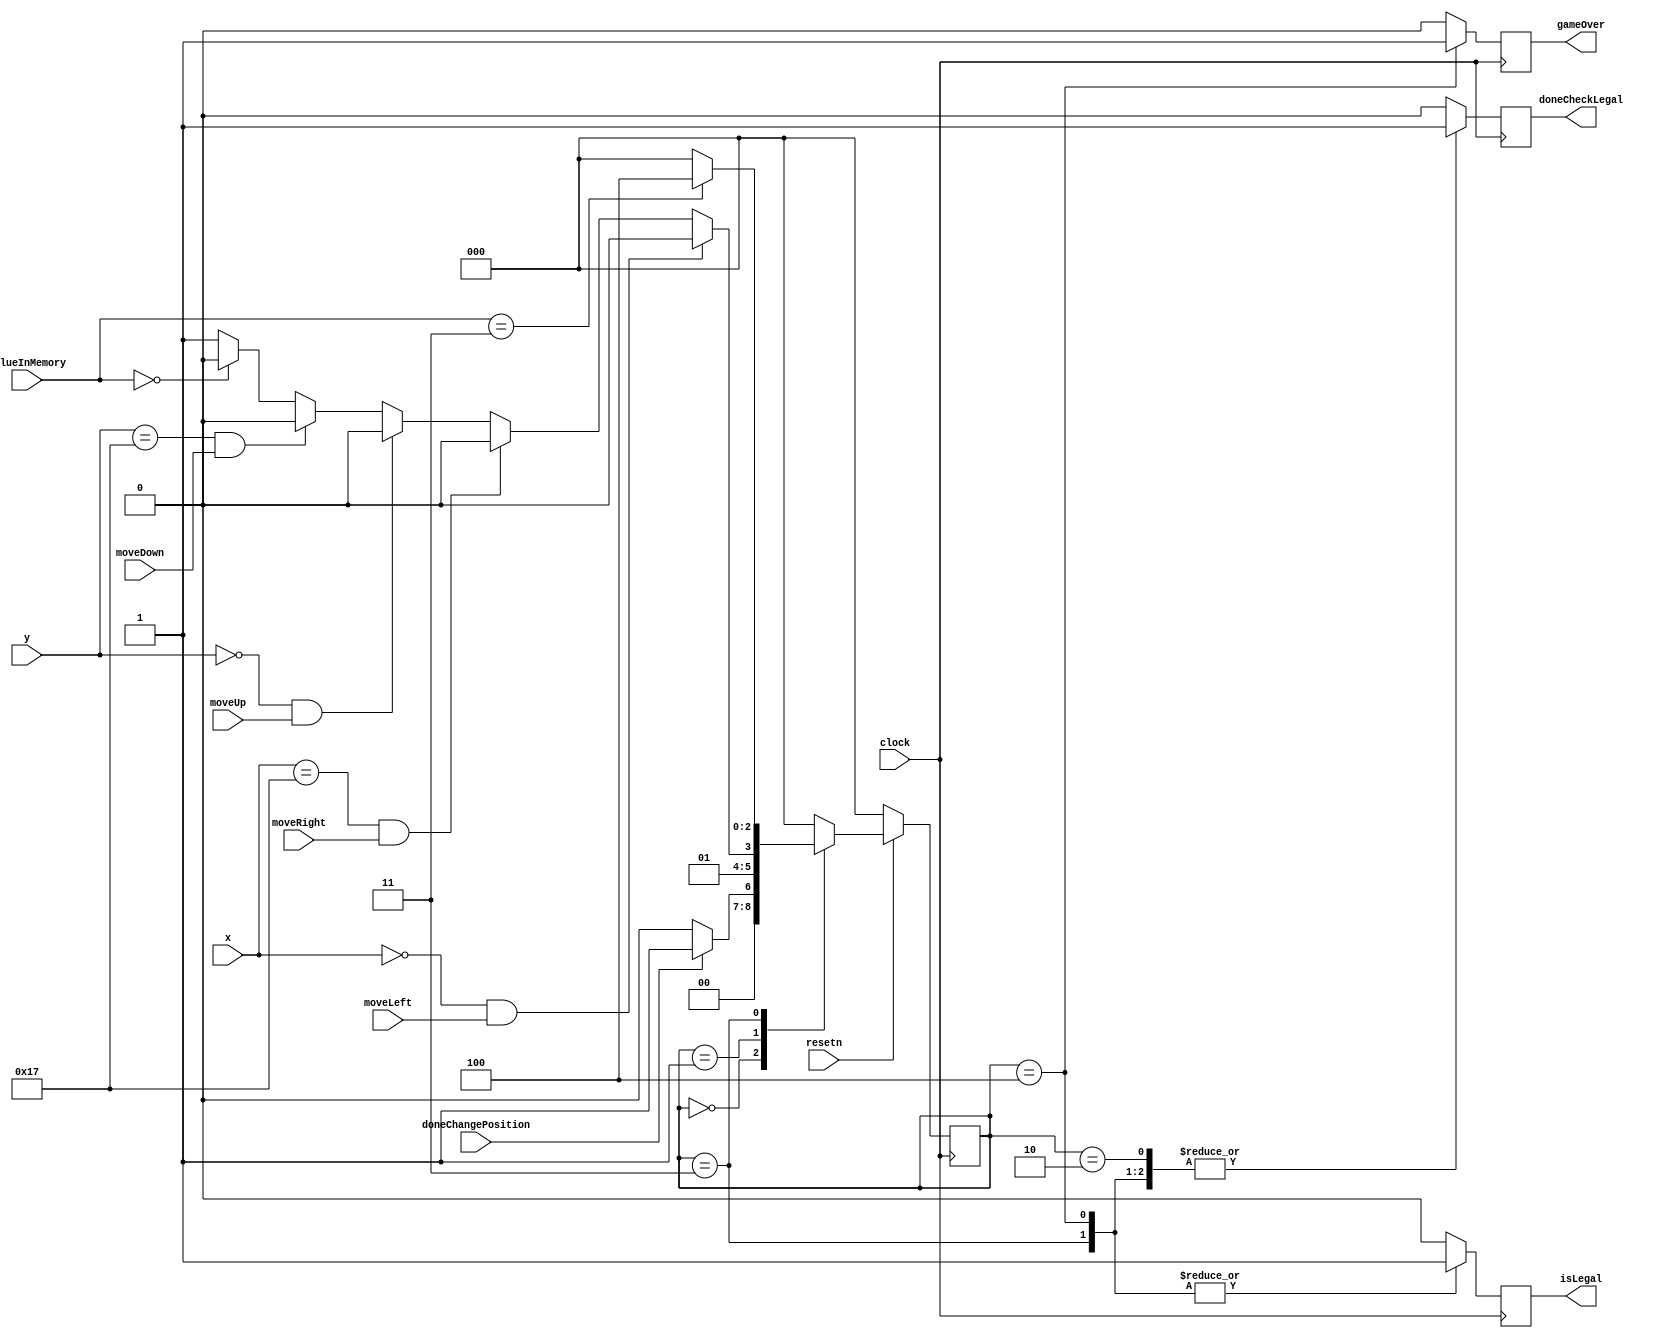
`timescale 1ns/1ns

module legalMoves(
	input clock,
	input resetn,
	input doneChangePosition,
	input [2:0] valueInMemory,
	//input [9:0] memory, 
	input [4:0] x,
	input [4:0] y,
	input moveLeft, moveRight, moveUp, moveDown,
	output reg doneCheckLegal,
	output reg isLegal,
	output reg gameOver
	);
	
	localparam AVAILABLE = 4'h1,
				OCCUPIED = 4'h0,
				START = 4'h2,
				END = 4'h3,
				YOUR_POSITION = 4'h4;
				
	localparam WIDTH = 5'b10000; 
	
	//wire [2:0] valueInMemory;
	//assign valueInMemory = memory[WIDTH * y + x];
	
	reg [2:0] currentState, nextState;
	
	localparam IDLE = 3'b000,
				CHECK_MEMORY = 3'b001,
				NOT_LEGAL = 3'b010,
				LEGAL = 3'b011,
				WON = 3'b100;
				
	localparam  TOP = 5'b00000,
					LEFT = 5'b00000,
					RIGHT = 5'b10111,
					BOTTOM = 5'b10111;
	
	//next state logic
	always @ (*) 
	begin: state_table
		case(currentState)
			IDLE: nextState = doneChangePosition ? CHECK_MEMORY : IDLE;
			
			CHECK_MEMORY: begin
				if(x == LEFT && moveLeft)
					nextState = NOT_LEGAL;
				else if(x == RIGHT && moveRight)
					nextState = NOT_LEGAL;
				else if(y == TOP && moveUp)
					nextState = NOT_LEGAL;
				else if(y == BOTTOM && moveDown)
					nextState = NOT_LEGAL;
				else if(valueInMemory == OCCUPIED)
					nextState = NOT_LEGAL;
				else
					nextState = LEGAL;
			end
			
			LEGAL: nextState = (valueInMemory == END) ? WON : IDLE;
			
			WON: nextState = resetn ? IDLE : WON; //if not reset, remain in won state; if reset, start again from the top
			
			NOT_LEGAL: nextState = IDLE;
			
			default: nextState = IDLE;
		endcase
	end

	//datapath control signals
	always @ (posedge clock)
	begin
		doneCheckLegal = 1'b0;
		isLegal = 1'b0;
		gameOver = 1'b0;
		
		case(currentState)
		
			IDLE: doneCheckLegal <= 1'b0;
			
			CHECK_MEMORY: doneCheckLegal <= 1'b0;
			
			LEGAL: begin
				doneCheckLegal <= 1'b1;
				isLegal <= 1'b1;
			end
			
			NOT_LEGAL: begin
				doneCheckLegal <= 1'b1;
				isLegal <= 1'b0;
			end
			
			WON: begin
				doneCheckLegal <= 1'b1;
				isLegal <= 1'b1;
				gameOver <= 1'b1;
			end
			
		endcase
	end
	
	//current state registers
	always @ (posedge clock)
	begin: state_FFs
		if(!resetn)
			currentState <= IDLE;
		else
			currentState <= nextState;
	end
	
endmodule

/*
//legal moves FSM

//need to read from RAM/memory
//what is the dimensions of memory/the gameboard?

//do you need a datapath for this FSM? since you're not manipulating any inputs/outputs

//size of memory is 32x32 (ie: 320 x 320) array
//only use 24x24 (first 24 elements)

module legalControl(
	input clock,
	input resetn,
	input doneChangePosition,
	//input [2:0] valueInMemory,
	input [9:0] memory, 
	input [4:0] x,
	input [4:0] y,
	input moveLeft, moveRight, moveUp, moveDown,
	output reg doneCheckLegal,
	output reg isLegal,
	output reg gameOver
	);
	
	localparam AVAILABLE = 4'h1,
				OCCUPIED = 4'h0,
				START = 4'h2,
				END = 4'h3,
				YOUR_POSITION = 4'h4;
				
	localparam WIDTH = 5'b10000; 
	
	wire [2:0] valueInMemory;
	assign valueInMemory = memory[WIDTH * y + x];
	
	reg [2:0] currentState, nextState;
	
	localparam IDLE = 3'b000,
				CHECK_MEMORY = 3'b001,
				NOT_LEGAL = 3'b010,
				LEGAL = 3'b011,
				WON = 3'b100;
				
	localparam  TOP = 5'b00000,
					LEFT = 5'b00000,
					RIGHT = 5'b10111,
					BOTTOM = 5'b10111;
	
	//next state logic
	always @ (*) 
	begin: state_table
		case(currentState)
			IDLE: nextState = doneChangePosition ? CHECK_MEMORY : IDLE;
			
			CHECK_MEMORY: begin
				if(x == LEFT && moveLeft)
					nextState = NOT_LEGAL;
				else if(x == RIGHT && moveRight)
					nextState = NOT_LEGAL;
				else if(y == TOP && moveUp)
					nextState = NOT_LEGAL;
				else if(y == BOTTOM && moveDown)
					nextState = NOT_LEGAL;
				else if(valueInMemory == OCCUPIED)
					nextState = NOT_LEGAL;
				else
					nextState = LEGAL;
			end
			
			LEGAL: nextState = (valueInMemory == END) ? WON : IDLE;
			
			WON: nextState = resetn ? IDLE : WON; //if not reset, remain in won state; if reset, start again from the top
			
			NOT_LEGAL: nextState = IDLE;
			
			default: nextState = IDLE;
		endcase
	end

	//datapath control signals
	always @ (posedge clock)
	begin
		doneCheckLegal = 1'b0;
		isLegal = 1'b0;
		gameOver = 1'b0;
		
		case(currentState)
		
			IDLE: doneCheckLegal <= 1'b0;
			
			CHECK_MEMORY: doneCheckLegal <= 1'b0;
			
			LEGAL: begin
				doneCheckLegal <= 1'b1;
				isLegal <= 1'b1;
			end
			
			NOT_LEGAL: begin
				doneCheckLegal <= 1'b1;
				isLegal <= 1'b0;
			end
			
			WON: begin
				doneCheckLegal <= 1'b1;
				isLegal <= 1'b1;
				gameOver <= 1'b1;
			end
			
		endcase
	end
	
	//current state registers
	always @ (posedge clock)
	begin: state_FFs
		if(!resetn)
			currentState <= IDLE;
		else
			currentState <= nextState;
	end
	
endmodule
*/